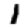
Digit: 1